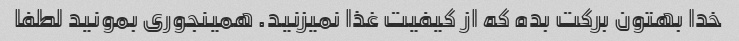
خدا بهتون برکت بده که از کیفیت غذا نمیزنید. همینجوری بمونید لطفا